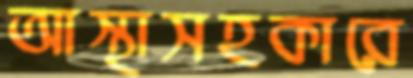
আস্থাসহকারে